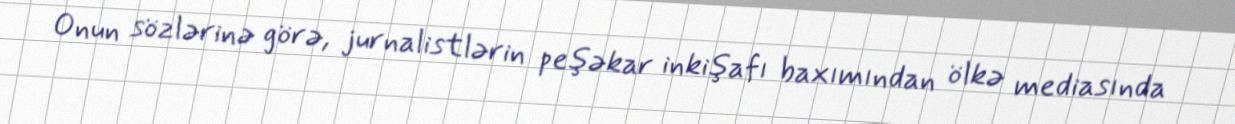
Onun sözlərinə görə, jurnalistlərin peşəkar inkişafı baxımından ölkə mediasında